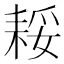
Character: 𮋪